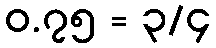
၀.၇၅ = ၃/၄